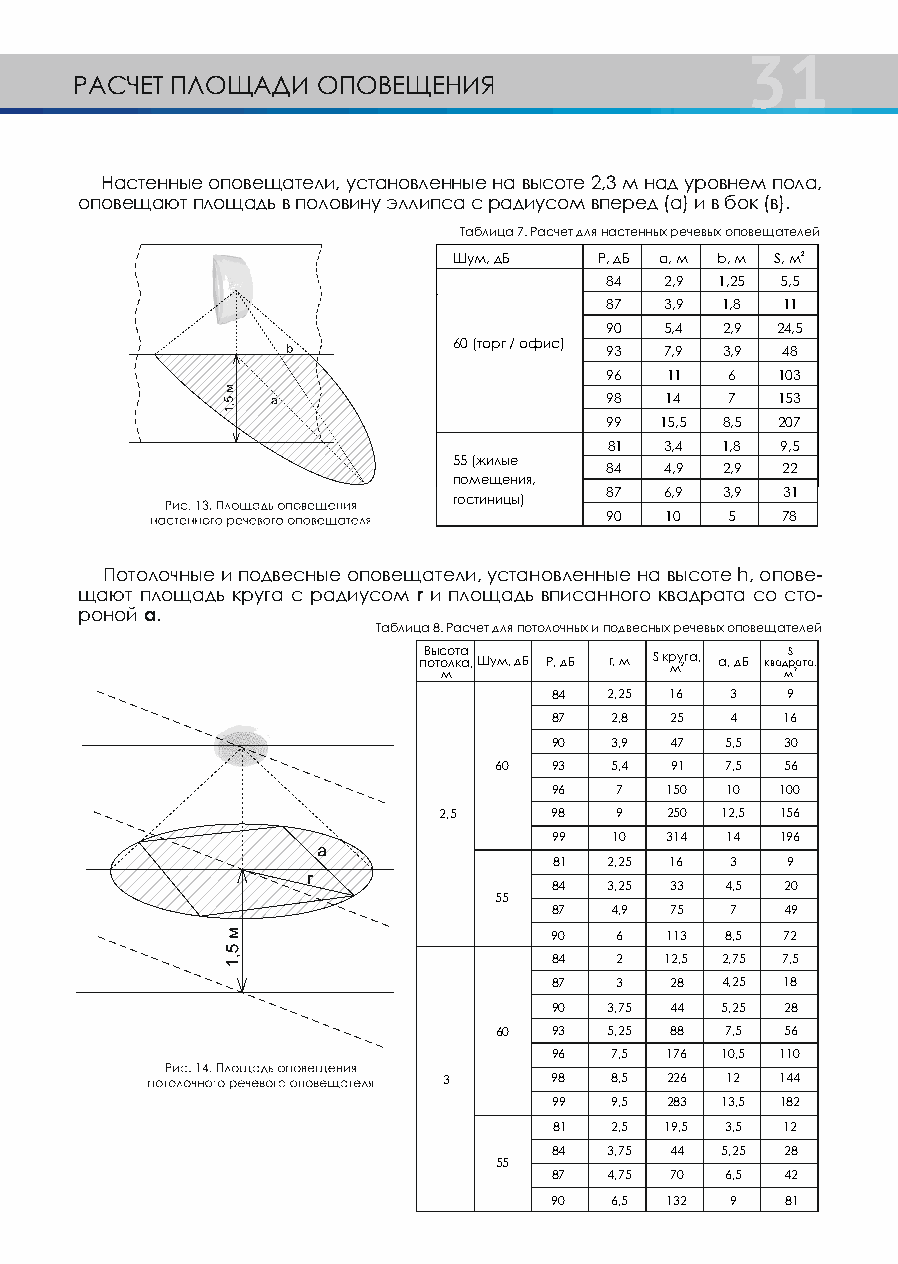
31
 РАСЧЕТ ПЛОЩАДИ  ОПОВЕЩЕНИЯ
 Настенные оповещатели, установленные на высоте 2,3 м над уровнем пола,
 оповещают площадь в половину эллипса с радиусом вперед (а) и в бок (в).
 Таблица 7. Расчет для настенных речевых оповещателей
 Шум, дБ   Р, дБ а, м b, м S, м2
 84  2,9 1,25 5,5
 87  3,9 1,8 11
 90  5,4 2,9 24,5
 60 (торг / офис)
 93  7,9 3,9 48
 96  11  6  103
 98  14  7  153
 99  15,5 8,5 207
 81  3,4 1,8 9,5
 55 (жилые
 84  4,9 2,9 22
 помещения,
 87  6,9 3,9 31
 гостиницы)
 90  10  5   78
 Потолочные и подвесные оповещатели, устано вле нные на высоте h, опове-
 щают площадь круга с радиусом r и площадь вписанного квадрата со сто-
 роной а.
 Таблица 8. Расчет для потолочных и подвесных речевых оповещателей
 пВ оы тс о мо лкта а , Шум, дБ Р, дБ r, м S кр му 2га, a, дБ квад мS р 2ата,
 84 2,25 16 3   9
 87 2,8 25  4   16
 90  3,9 47  5,5 30
 60  93 5,4 91  7,5 56
 96  7  150 10  100
 2,5    98   9  250 12,5 156
 99 10  314 14  196
 81 2,25 16 3   9
 84 3,25 33 4,5 20
 55
 87 4,9 75  7   49
 90   6  113 8,5 72
 84  2  12,5 2,75 7,5
 87  3  28  4,25 18
 90  3,75 44 5,25 28
 60  93 5,25 88 7,5 56
 96 7,5 176 10,5 110
 3      98  8,5 226 12  144
 99 9,5 283 13,5 182
 81 2,5 19,5 3,5 12
 84 3,75 44 5,25 28
 55
 87 4,75 70 6,5 42
 90  6,5 132 9   81